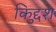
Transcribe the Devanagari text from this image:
किद्दुश